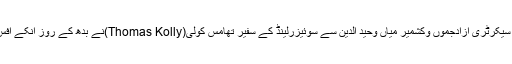
27 جون2018ء) چیف سیکرٹری آزادجموں وکشمیر میاں وحید الدین سے سوئیزرلینڈ کے سفیر تھامس کولی(Thomas Kolly)نے بدھ کے روز انکے آفس چیمبر میں ملاقات کی۔